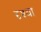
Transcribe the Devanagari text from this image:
दृश्या